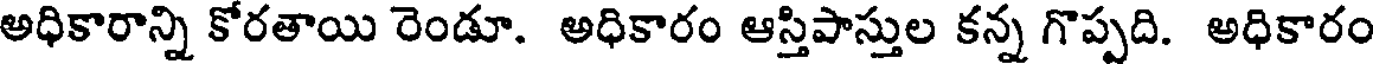
అధికారాన్ని కోరతాయి రెండూ. అధికారం ఆస్తిపాస్తుల కన్న గొప్పది. అధికారం